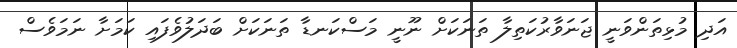
އަދި މުޅިތަންވަނީ ޖަނަވާރުކަތިލާ ތަނަކަށް ނޫނީ މަސްކަނޑާ ތަނަކަށް ބަދަލުވެފައި ކަމަށާ ނަމަވެސް